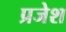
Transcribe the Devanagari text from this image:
प्रजेश